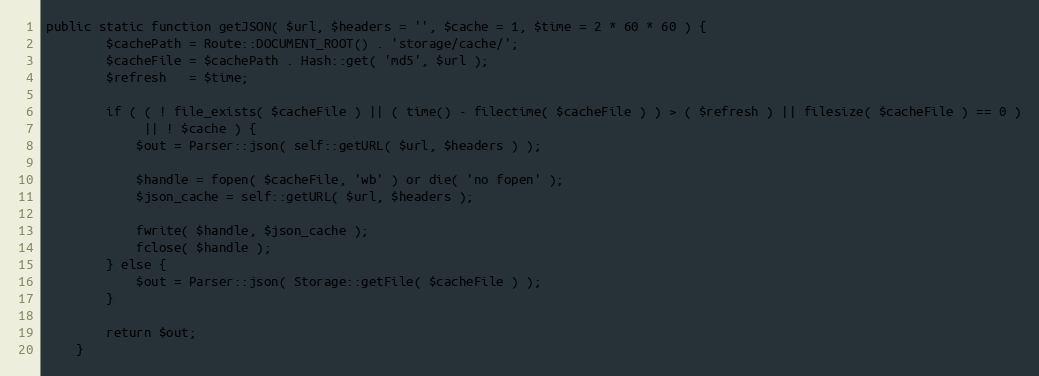
Language: PHP
public static function getJSON( $url, $headers = '', $cache = 1, $time = 2 * 60 * 60 ) {
		$cachePath = Route::DOCUMENT_ROOT() . 'storage/cache/';
		$cacheFile = $cachePath . Hash::get( 'md5', $url );
		$refresh   = $time;

		if ( ( ! file_exists( $cacheFile ) || ( time() - filectime( $cacheFile ) ) > ( $refresh ) || filesize( $cacheFile ) == 0 )
		     || ! $cache ) {
			$out = Parser::json( self::getURL( $url, $headers ) );

			$handle = fopen( $cacheFile, 'wb' ) or die( 'no fopen' );
			$json_cache = self::getURL( $url, $headers );

			fwrite( $handle, $json_cache );
			fclose( $handle );
		} else {
			$out = Parser::json( Storage::getFile( $cacheFile ) );
		}

		return $out;
	}